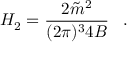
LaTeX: H _ { 2 } = \frac { 2 \tilde { m } ^ { 2 } } { ( 2 \pi ) ^ { 3 } 4 B } \; \; \; .